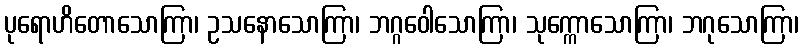
ပုရောဟိတောသောကြာ၊ ဥသနောသောကြာ၊ ဘဂ္ဂဝေါသောကြာ၊ သုက္ကောသောကြာ၊ ဘဂုသောကြာ၊